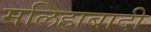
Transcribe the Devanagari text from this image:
मलिहाबादी